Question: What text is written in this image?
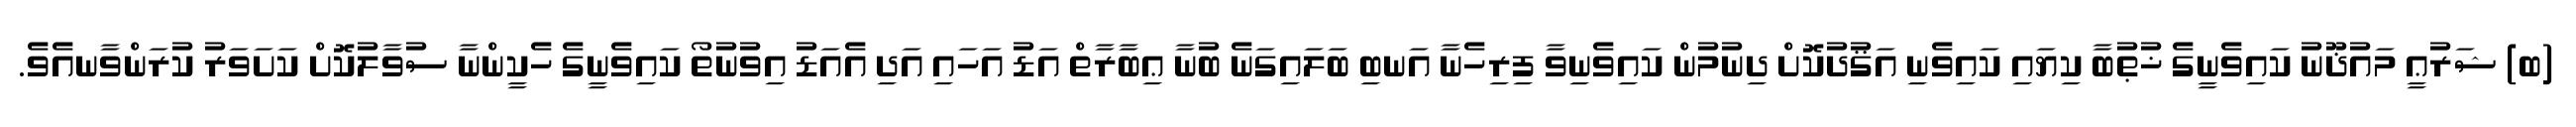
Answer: (ބ) ޝަރުޢީ މައުޛޫނު ކައިވެނީގެ ޚުޠުބާ ކިޔައި ކައިވެނި އަޤުދުކޮށް ދިނުމުން ކައިވެނިވާ ފިރިހެނާ އަނބި ބަލައިގަނެ ބުނާ ޢިބާރާތް އަޑު އަހައި އަދި އެއަޑު އިވުނުތޯ ކައިވެނީގެ ހެކީންނާ ސުވާލުކޮށް ކަށަވަރު ކުރަންވާނއެވެ.